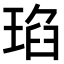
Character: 𤦆